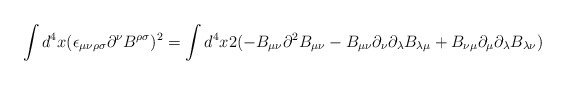
\begin{align*}\int d^4x (\epsilon_{\mu\nu\rho\sigma}\partial^\nu B^{\rho\sigma})^2= \int d^4x 2(-B_{\mu\nu} \partial^2 B_{\mu\nu} - B_{\mu\nu} \partial_\nu \partial_\lambda B_{\lambda\mu} + B_{\nu\mu} \partial_\mu \partial_\lambda B_{\lambda\nu})\end{align*}